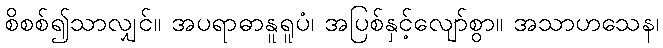
စိစစ်၍သာလျှင်။ အပရာဓာနူရူပံ၊ အပြစ်နှင့်လျော်စွာ။ အသာဟသေန၊